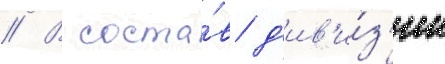
// В соста́в д'ив'и́з'ии